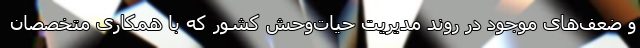
و ضعف‌های موجود در روند مدیریت حیات‌وحش کشور که با همکاری متخصصان